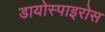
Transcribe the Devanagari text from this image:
डायोस्पाइरोस